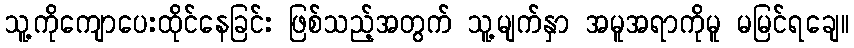
သူ့ကိုကျောပေးထိုင်နေခြင်း ဖြစ်သည့်အတွက် သူ့မျက်နှာ အမူအရာကိုမူ မမြင်ရချေ။